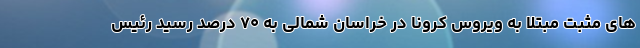
های مثبت مبتلا به ویروس کرونا در خراسان شمالی به ۷۰ درصد رسید رئیس